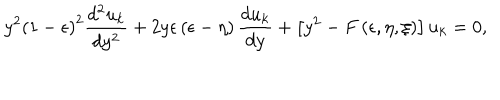
y ^ { 2 } \left( 1 - \epsilon \right) ^ { 2 } { \frac { d ^ { 2 } u _ { k } } { d y ^ { 2 } } } + 2 y \epsilon \left( \epsilon - \eta \right) { \frac { d u _ { k } } { d y } } + \left[ y ^ { 2 } - F \left( \epsilon , \eta , \xi \right) \right] u _ { k } = 0 ,